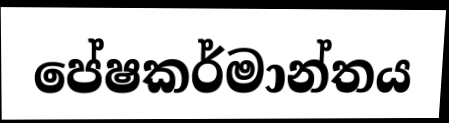
පේෂකර්මාන්තය